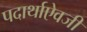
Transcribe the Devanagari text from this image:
पदार्थाऐवजी